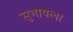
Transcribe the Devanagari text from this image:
सुभाषला